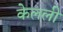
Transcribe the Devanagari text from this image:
केलली